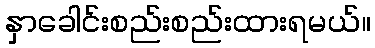
နှာခေါင်းစည်းစည်းထားရမယ်။